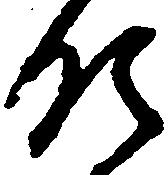
領